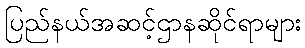
ပြည်နယ်အဆင့်ဌာနဆိုင်ရာများ